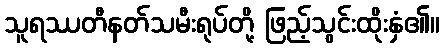
သူရဿတီနတ်သမီးရုပ်တို့ ဖြည့်သွင်းထိုးနှံ၏။